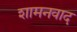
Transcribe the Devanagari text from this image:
शामनवाद